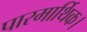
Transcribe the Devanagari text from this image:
पारमार्थिक।